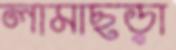
লামাছড়া